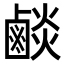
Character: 𪉧